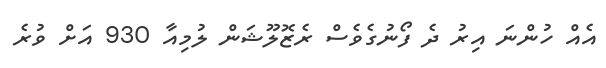
އެއް ހުންނަ އިރު ދެ ފޯނުގެވެސް ރެޒޮލޫޝަން ލުމިއާ 930 އަށް ވުރެ